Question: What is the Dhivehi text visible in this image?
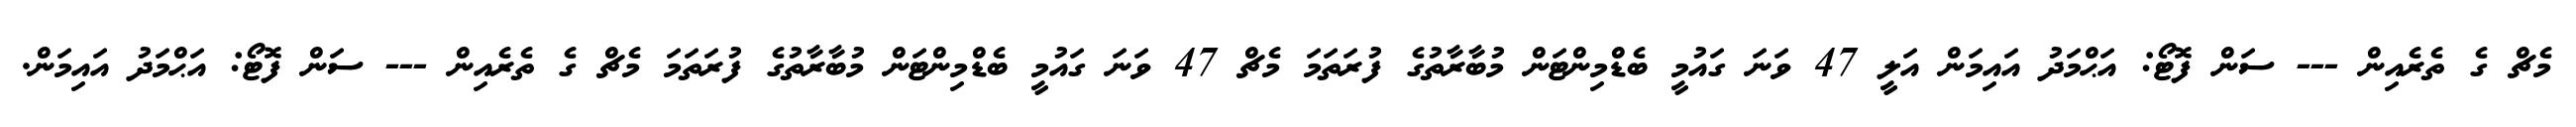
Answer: މެޗް ގެ ތެރެއިން --- ސަން ފޮޓޯ: އަޙްމަދު އައިމަން އަލީ 47 ވަނަ ގައުމީ ބެޑްމިންޓަން މުބާރާތުގެ ފުރަތަމަ މެޗް 47 ވަނަ ގައުމީ ބެޑްމިންޓަން މުބާރާތުގެ ފުރަތަމަ މެޗް ގެ ތެރެއިން --- ސަން ފޮޓޯ: އަޙްމަދު އައިމަން.